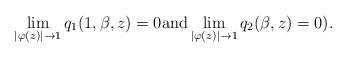
LaTeX: \begin{align*}\lim_{|\varphi(z)|\to 1} q_1(1,\beta,z)=0\textrm{and}\lim_{|\varphi(z)|\to 1}q_2(\beta,z)=0).\end{align*}